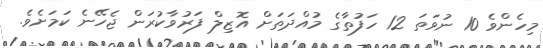
މިހެންވެ 10 ނުވަތަ 12 ހަފުތާގެ މުއްދަތަށް އޮޒިލް ފަރުވާކުރަން ޖެހޭނެ ކަމަށެވެ.